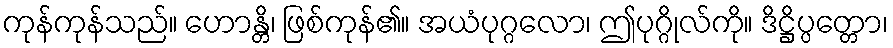
ကုန်ကုန်သည်။ ဟောန္တိ၊ ဖြစ်ကုန်၏။ အယံပုဂ္ဂလော၊ ဤပုဂ္ဂိုလ်ကို။ ဒိဋ္ဌိပ္ပတ္တော၊